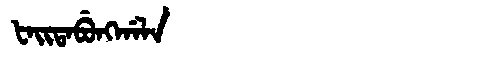
Manchu: ᡶᠠᡳᡨᠠᠪᡠᠩᡤᠠᠯᠠ
Romanization: FAITABUNGGALA